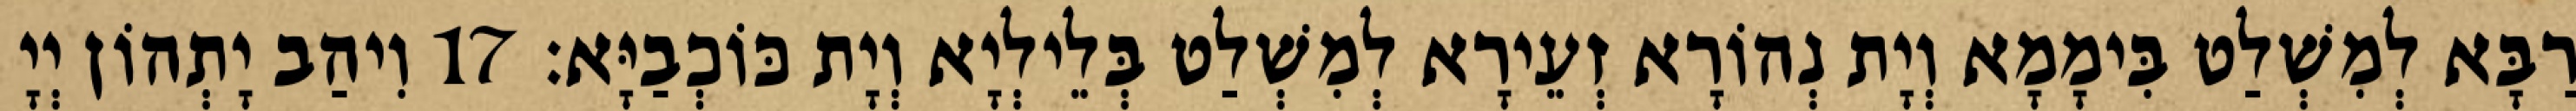
רַבָּא לְמִשְׁלַט בִּימָמָא וְיָת נְהוֹרָא זְעֵירָא לְמִשְׁלַט בְּלֵילְיָא וְיָת כּוֹכְבַיָּא׃ 17 וִיהַב יָתְהוֹן יְיָ